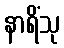
နာရိံသု